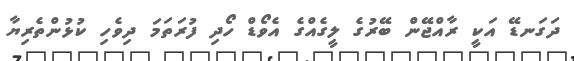
ދަގަނޑޭ އަކީ ރާއްޖޭން ބޭރުގެ ލީގެއްގެ އެވޯޑް ހޯދި ފުރަތަމަ ދިވެހި ކުޅުންތެރިޔާ